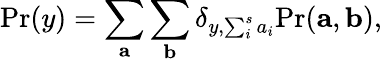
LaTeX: \mathrm{Pr}(y)=\sum_{\mathbf{a}}\sum_{\mathbf{b}}\delta_{y,\sum_{i}^{s}a_{i}}\mathrm{Pr}(\mathbf{a},\mathbf{b}),